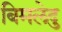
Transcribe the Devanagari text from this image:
बिमलेदु